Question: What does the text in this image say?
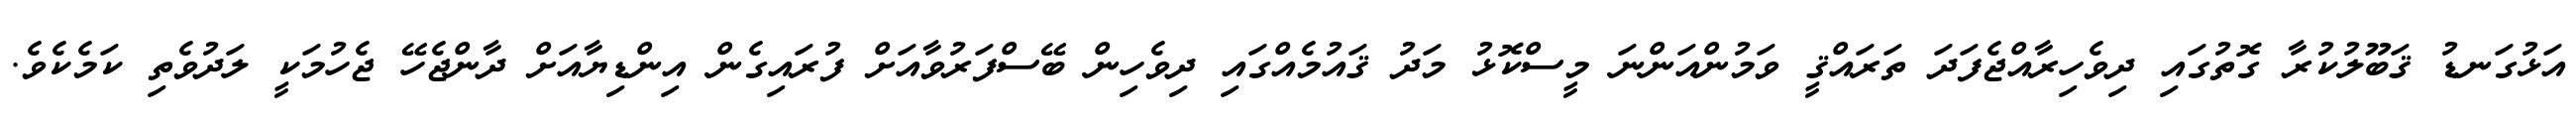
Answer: އަޅުގަނޑު ޤަބޫލުކުރާ ގޮތުގައި ދިވެހިރާއްޖެފަދަ ތަރައްޤީ ވަމުންއަންނަ މީސްކޮޅު މަދު ޤައުމެއްގައި ދިވެހިން ބޭސްފަރުވާއަށް ފުރައިގެން އިންޑިޔާއަށް ދާންޖެހޭ ޖެހުމަކީ ލަދުވެތި ކަމެކެވެ.